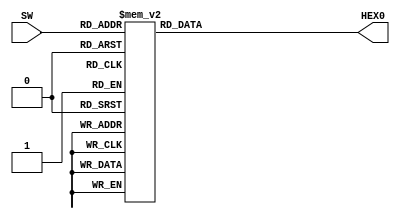
module Hex_to_7seg(
SW,
HEX0
);

input wire [3:0] SW;
output reg [6:0] HEX0;

always @(SW[3:0])
	case(SW[3:0])
	4'd0: HEX0[6:0] <= 7'b1000000;//'0'
	4'd1: HEX0[6:0] <= 7'b1111001;//'1'
	4'd2: HEX0[6:0] <= 7'b0100100;//'2'
	4'd3: HEX0[6:0] <= 7'b0110000;//'3'
	4'd4: HEX0[6:0] <= 7'b0011001;//'4'
	4'd5: HEX0[6:0] <= 7'b0010010;//'5'
	4'd6: HEX0[6:0] <= 7'b0000010;//'6'
	4'd7: HEX0[6:0] <= 7'b1111000;//'7'
	4'd8: HEX0[6:0] <= 7'b0000000;//'8'
	4'd9: HEX0[6:0] <= 7'b0011000;//'9'
	4'd10: HEX0[6:0] <= 7'b0001000;//'A'
	4'd11: HEX0[6:0] <= 7'b0000011;//'B'
	4'd12: HEX0[6:0] <= 7'b1000110;//'C'
	4'd13: HEX0[6:0] <= 7'b0100001;//'D'
	4'd14: HEX0[6:0] <= 7'b0000110;//'E'
	4'd15: HEX0[6:0] <= 7'b0001110;//'F'
	default: HEX0[6:0] <= 7'b1100100;
	endcase

endmodule